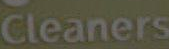
Cleaners